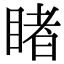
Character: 睹